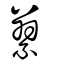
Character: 纂